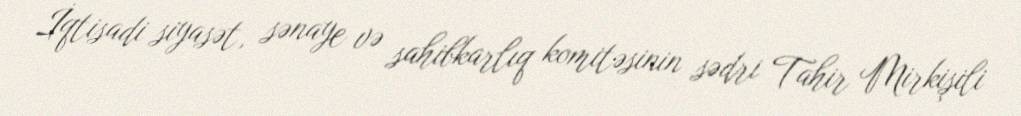
İqtisadi siyasət, sənaye və sahibkarlıq komitəsinin sədri Tahir Mirkişili